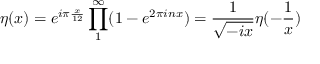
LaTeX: \eta ( x ) = e ^ { i \pi \frac { x } { 1 2 } } \prod _ { 1 } ^ { \infty } ( 1 - e ^ { 2 \pi i n x } ) = \frac { 1 } { \sqrt { - i x } } \eta ( - \frac { 1 } { x } )